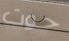
حوت